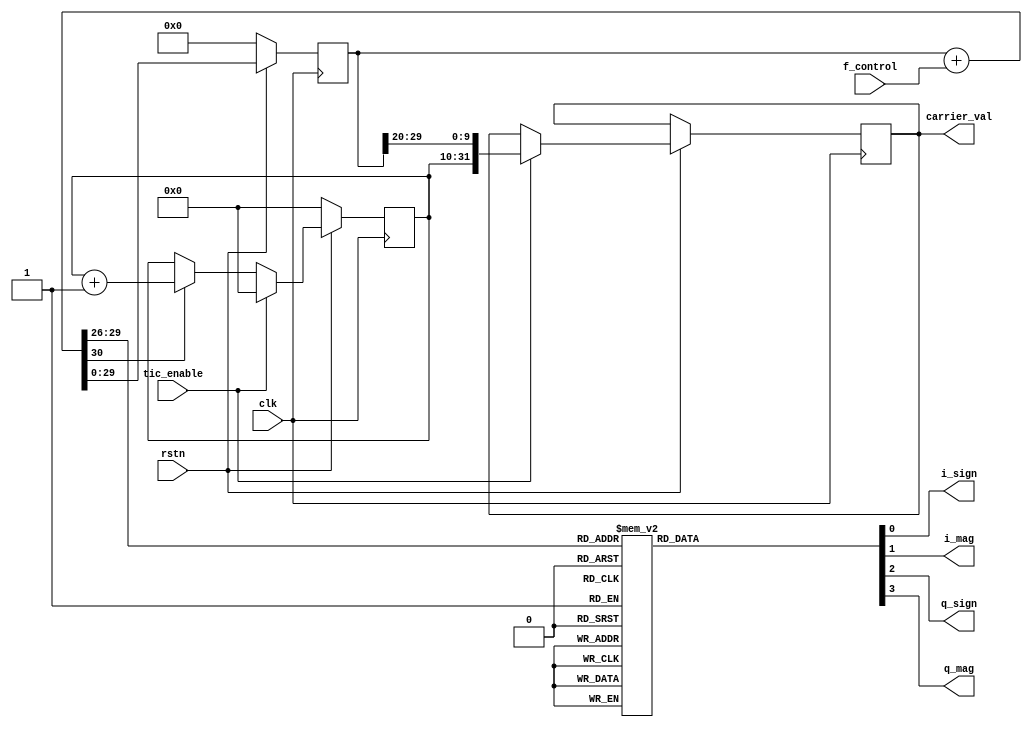
             //                              -*- Mode: Verilog -*-
// Description     : Generates the 8 stage carrier local oscilator.
 
 
/*
                  Numerically Controlled Oscillator (NCO) which replicates the
                 carrier frequency. This pseudo-sinusoid waveform consists of
                 8 stages or phases.
 
                 The NCO frequency is:
                 
                    f = fControl * Clk / 2^N
                 where:
                 f = the required carrier wave frequency
                 Clk = the system clock (= 40MHz)
                 N = 30 (bit width of the phase accumulator)
                 fControl = the 30 bit (unsigned) control word
  
                 The generated waveforms for I & Q look like:
                 Phase   :  0  1  2  3  4  5  6  7
                 ---------------------------------
                        I: -1 +1 +2 +2 +1 -1 -2 -2
                        Q: +2 +2 +1 -1 -2 -2 -1 +1
 
                 The nominal center frequency for the GP2015 is:
                 IF = 1.405396825MHz
                 Clk = 40 MHz
                 fControl = 2^N * IF / Clk
                 fControl = 0x23FA689 for center frequency
 
                 Resolution:
                 fControl increment value = 0.037252902 Hz
                 Put another way:
                 37mHz is the smallest change in carrier frequency possible
                 with this NCO.
  
                 The carrier phase and carrier cycle count are latched into
                 the carrier_val on the tic_enable. The carrier phase is the
                 10 msb of the accumulator register (accum_reg). The cycle count
                 is the number of full carrier wave cycles between the last 2
                 tic_enables. The two values are combined into the carrier_val.
                 Bits 9:0 are the carrier phase, bits 31:10 are the cycle count.
 */
/*
    Copyright (C) 2007  Peter Mumford
 
    This library is free software; you can redistribute it and/or
    modify it under the terms of the GNU Lesser General Public
    License as published by the Free Software Foundation; either
    version 2.1 of the License, or (at your option) any later version.
 
    This library is distributed in the hope that it will be useful,
    but WITHOUT ANY WARRANTY; without even the implied warranty of
    MERCHANTABILITY or FITNESS FOR A PARTICULAR PURPOSE.  See the GNU
    Lesser General Public License for more details.
 
    You should have received a copy of the GNU Lesser General Public
    License along with this library; if not, write to the Free Software
    Foundation, Inc., 51 Franklin Street, Fifth Floor, Boston, MA  02110-1301  USA
*/
 
module carrier_nco (clk, rstn, tic_enable, f_control, carrier_val, i_sign, i_mag, q_sign, q_mag);
 
   input clk, rstn, tic_enable;
   input [28:0] f_control;
   output reg [31:0] carrier_val;
   output reg i_sign, i_mag; // in-phase (cosine) carrier wave
   output reg q_sign, q_mag; // quadrature (sine) carrier wave
 
   reg [29:0] accum_reg;
   reg [21:0] cycle_count_reg;
    
   wire [3:0] phase_key;
   wire [30:0] accum_sum;
   wire accum_carry;
   wire [31:0] combined_carr_value;
    
    
   // 30 bit phase accumulator
   always @ (posedge clk)
   begin
     if (!rstn) accum_reg <= 0;
     else accum_reg <= accum_sum[29:0];
   end
 
   assign accum_sum = accum_reg + f_control;
   assign accum_carry = accum_sum[30];
   assign phase_key = accum_sum[29:26];
    
   assign combined_carr_value[9:0] = accum_reg[29:20];//??????20?
   assign combined_carr_value[31:10] = cycle_count_reg;
    
   // cycle counter and value latching
   always @ (posedge clk)
   begin
     if (!rstn) cycle_count_reg <= 0;
     else if (tic_enable)
      begin
        carrier_val = combined_carr_value; // latch in carrier value, then...
      cycle_count_reg <= 0; // reset counter
        end
     else if (accum_carry)
      cycle_count_reg <= cycle_count_reg + 1;
   end
 
   // look up table for carrier pseudo-sinewave generation
   always @ (phase_key)
     // ?? is there a way to have or'ed values in case statements ??
     case (phase_key)
       // 0  0 degrees
       15 : begin
         i_sign <= 0;
         i_mag <= 0;
         q_sign <= 1;
         q_mag <= 1;
       end
       0 : begin
         i_sign <= 0;
         i_mag <= 0;
         q_sign <= 1;
         q_mag <= 1;
       end
        
       // 1  45 degrees
       1 : begin
           i_sign <= 1;
           i_mag <= 0;
           q_sign <= 1;
           q_mag <= 1;
       end
       2 : begin
           i_sign <= 1;
           i_mag <= 0;
           q_sign <= 1;
           q_mag <= 1;
       end
        
       // 2  90 degrees
       3 : begin
           i_sign <= 1;
           i_mag <= 1;
           q_sign <= 1;
           q_mag <= 0;
       end
       4 : begin
           i_sign <= 1;
           i_mag <= 1;
           q_sign <= 1;
           q_mag <= 0;
       end
        
       // 3 135 degrees
       5 : begin
           i_sign <= 1;
           i_mag <= 1;
           q_sign <= 0;
           q_mag <= 0;
       end
       6 : begin
           i_sign <= 1;
           i_mag <= 1;
           q_sign <= 0;
           q_mag <= 0;
       end
        
       // 4  180 degrees
       7 : begin
           i_sign <= 1;
           i_mag <= 0;
           q_sign <= 0;
           q_mag <= 1;
       end
       8 : begin
           i_sign <= 1;
           i_mag <= 0;
           q_sign <= 0;
           q_mag <= 1;
       end
        
       // 5  225 degrees
       9 : begin
           i_sign <= 0;
           i_mag <= 0;
           q_sign <= 0;
           q_mag <= 1;
       end
       10 : begin
            i_sign <= 0;
            i_mag <= 0;
            q_sign <= 0;
            q_mag <= 1;
       end
        
       // 6  270 degrees
       11 : begin
            i_sign <= 0;
            i_mag <= 1;
            q_sign <= 0;
            q_mag <= 0;
       end
       12 : begin
            i_sign <= 0;
            i_mag <= 1;
            q_sign <= 0;
            q_mag <= 0;
       end
        
       // 7  315 degrees
       13 : begin
            i_sign <= 0;
            i_mag <= 1;
            q_sign <= 1;
            q_mag <= 0;
       end
       14 : begin
            i_sign <= 0;
            i_mag <= 1;
            q_sign <= 1;
            q_mag <= 0;
       end
     endcase // case(phase_key)
endmodule // carrier_nco